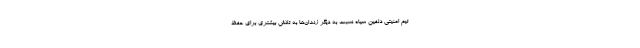
تیم امنیتی دلفین سیاه نسبت به دیگر زندان‌ها به تلاش بیشتری برای حفظ